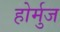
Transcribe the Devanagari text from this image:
होर्मुज